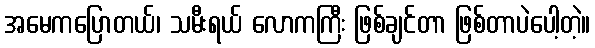
အမေကပြောတယ်၊ သမီးရယ် လောကကြီး ဖြစ်ချင်တာ ဖြစ်တာပဲပေါ့တဲ့။